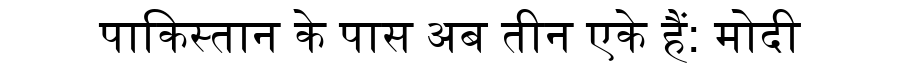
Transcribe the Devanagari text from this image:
पाकिस्तान के पास अब तीन एके हैं: मोदी